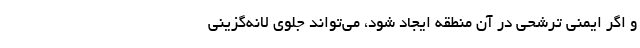
و اگر ایمنی ترشحی در آن‌ منطقه ایجاد شود، می‌تواند جلوی لانه‌گزینی